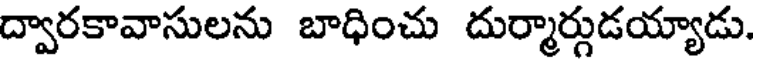
ద్వారకావాసులను బాధించు దుర్మార్గుడయ్యాడు.